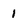
Character: 1